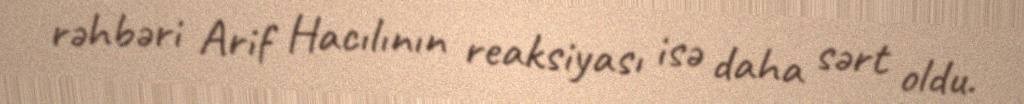
rəhbəri Arif Hacılının reaksiyası isə daha sərt oldu.